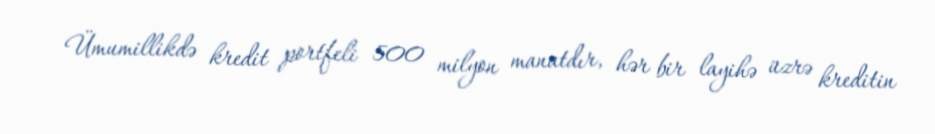
Ümumillikdə kredit portfeli 500 milyon manatdır, hər bir layihə üzrə kreditin